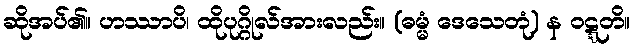
ဆိုအပ်၏။ ဟဿာပိ၊ ထိုပုဂ္ဂိုလ်အားလည်း။ (ဓမ္မံ ဒေသေတုံ) န ဝဋ္ဋတိ။